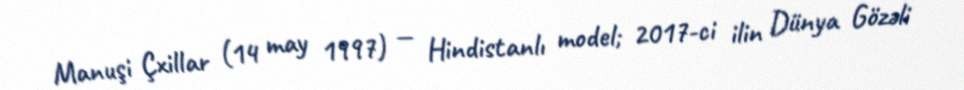
Manuşi Çxillar (14 may 1997) — Hindistanlı model; 2017-ci ilin Dünya Gözəli